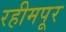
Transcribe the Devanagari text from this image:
रहीमपूर